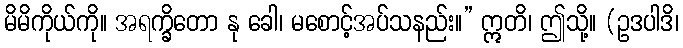
မိမိကိုယ်ကို။ အရက္ခိတော နု ခေါ၊ မစောင့်အပ်သနည်း။” ဣတိ၊ ဤသို့။ (ဥဒပါဒိ၊